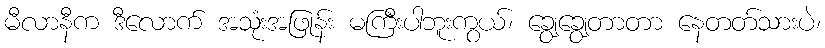
မီလာနီက ဒီလောက် အသုံးအဖြုန်း မကြီးပါဘူးကွယ်၊ ချွေချွေတာတာ နေတတ်သားပဲ၊